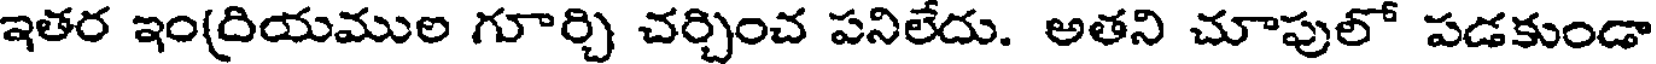
ఇతర ఇం(దియముల గూర్చి చర్చించ పనిలేదు. అతని చూపులో పడకుండా